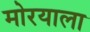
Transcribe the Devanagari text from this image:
मोरयाला